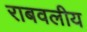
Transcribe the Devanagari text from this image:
राबवलीय